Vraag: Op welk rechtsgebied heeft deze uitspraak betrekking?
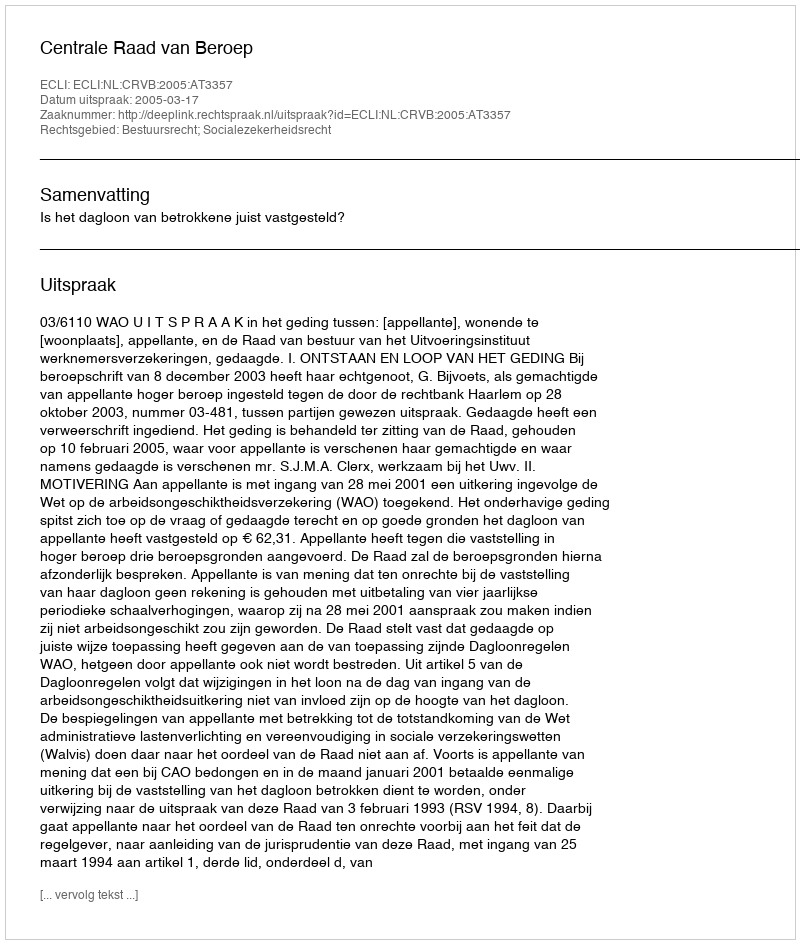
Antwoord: Bestuursrecht; Socialezekerheidsrecht